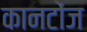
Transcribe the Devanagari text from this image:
कानटोंज